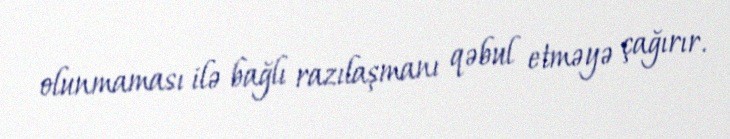
olunmaması ilə bağlı razılaşmanı qəbul etməyə çağırır.